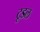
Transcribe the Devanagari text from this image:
टूडल